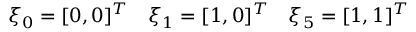
\begin{array} { l l l } { \boldsymbol { \xi } _ { 0 } = [ 0 , 0 ] ^ { T } } & { \boldsymbol { \xi } _ { 1 } = [ 1 , 0 ] ^ { T } } & { \boldsymbol { \xi } _ { 5 } = [ 1 , 1 ] ^ { T } } \end{array}